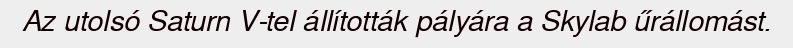
Az utolsó Saturn V-tel állították pályára a Skylab űrállomást.